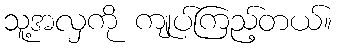
သူ့အလှကို ကျုပ်ကြည့်တယ်။